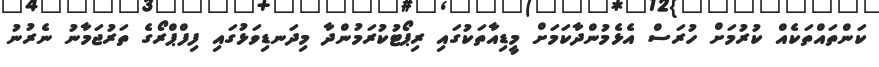
ކަންތައްތަކެއް ކުރުމަށް ހުރަސް އެޅެމުންދާކަމަށް މީޑިއާތަކުގައި ރިޕޯޓުކުރަމުންދާ މިދަނޑިވަޅުގައި ފިފްޕްރޯގެ ތަރުޖަމާނު ނެރުނު